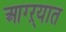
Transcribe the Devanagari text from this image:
आग्ऱ्यात